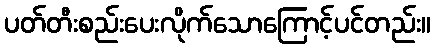
ပတ်တီးစည်းပေးလိုက်သောကြောင့်ပင်တည်း။